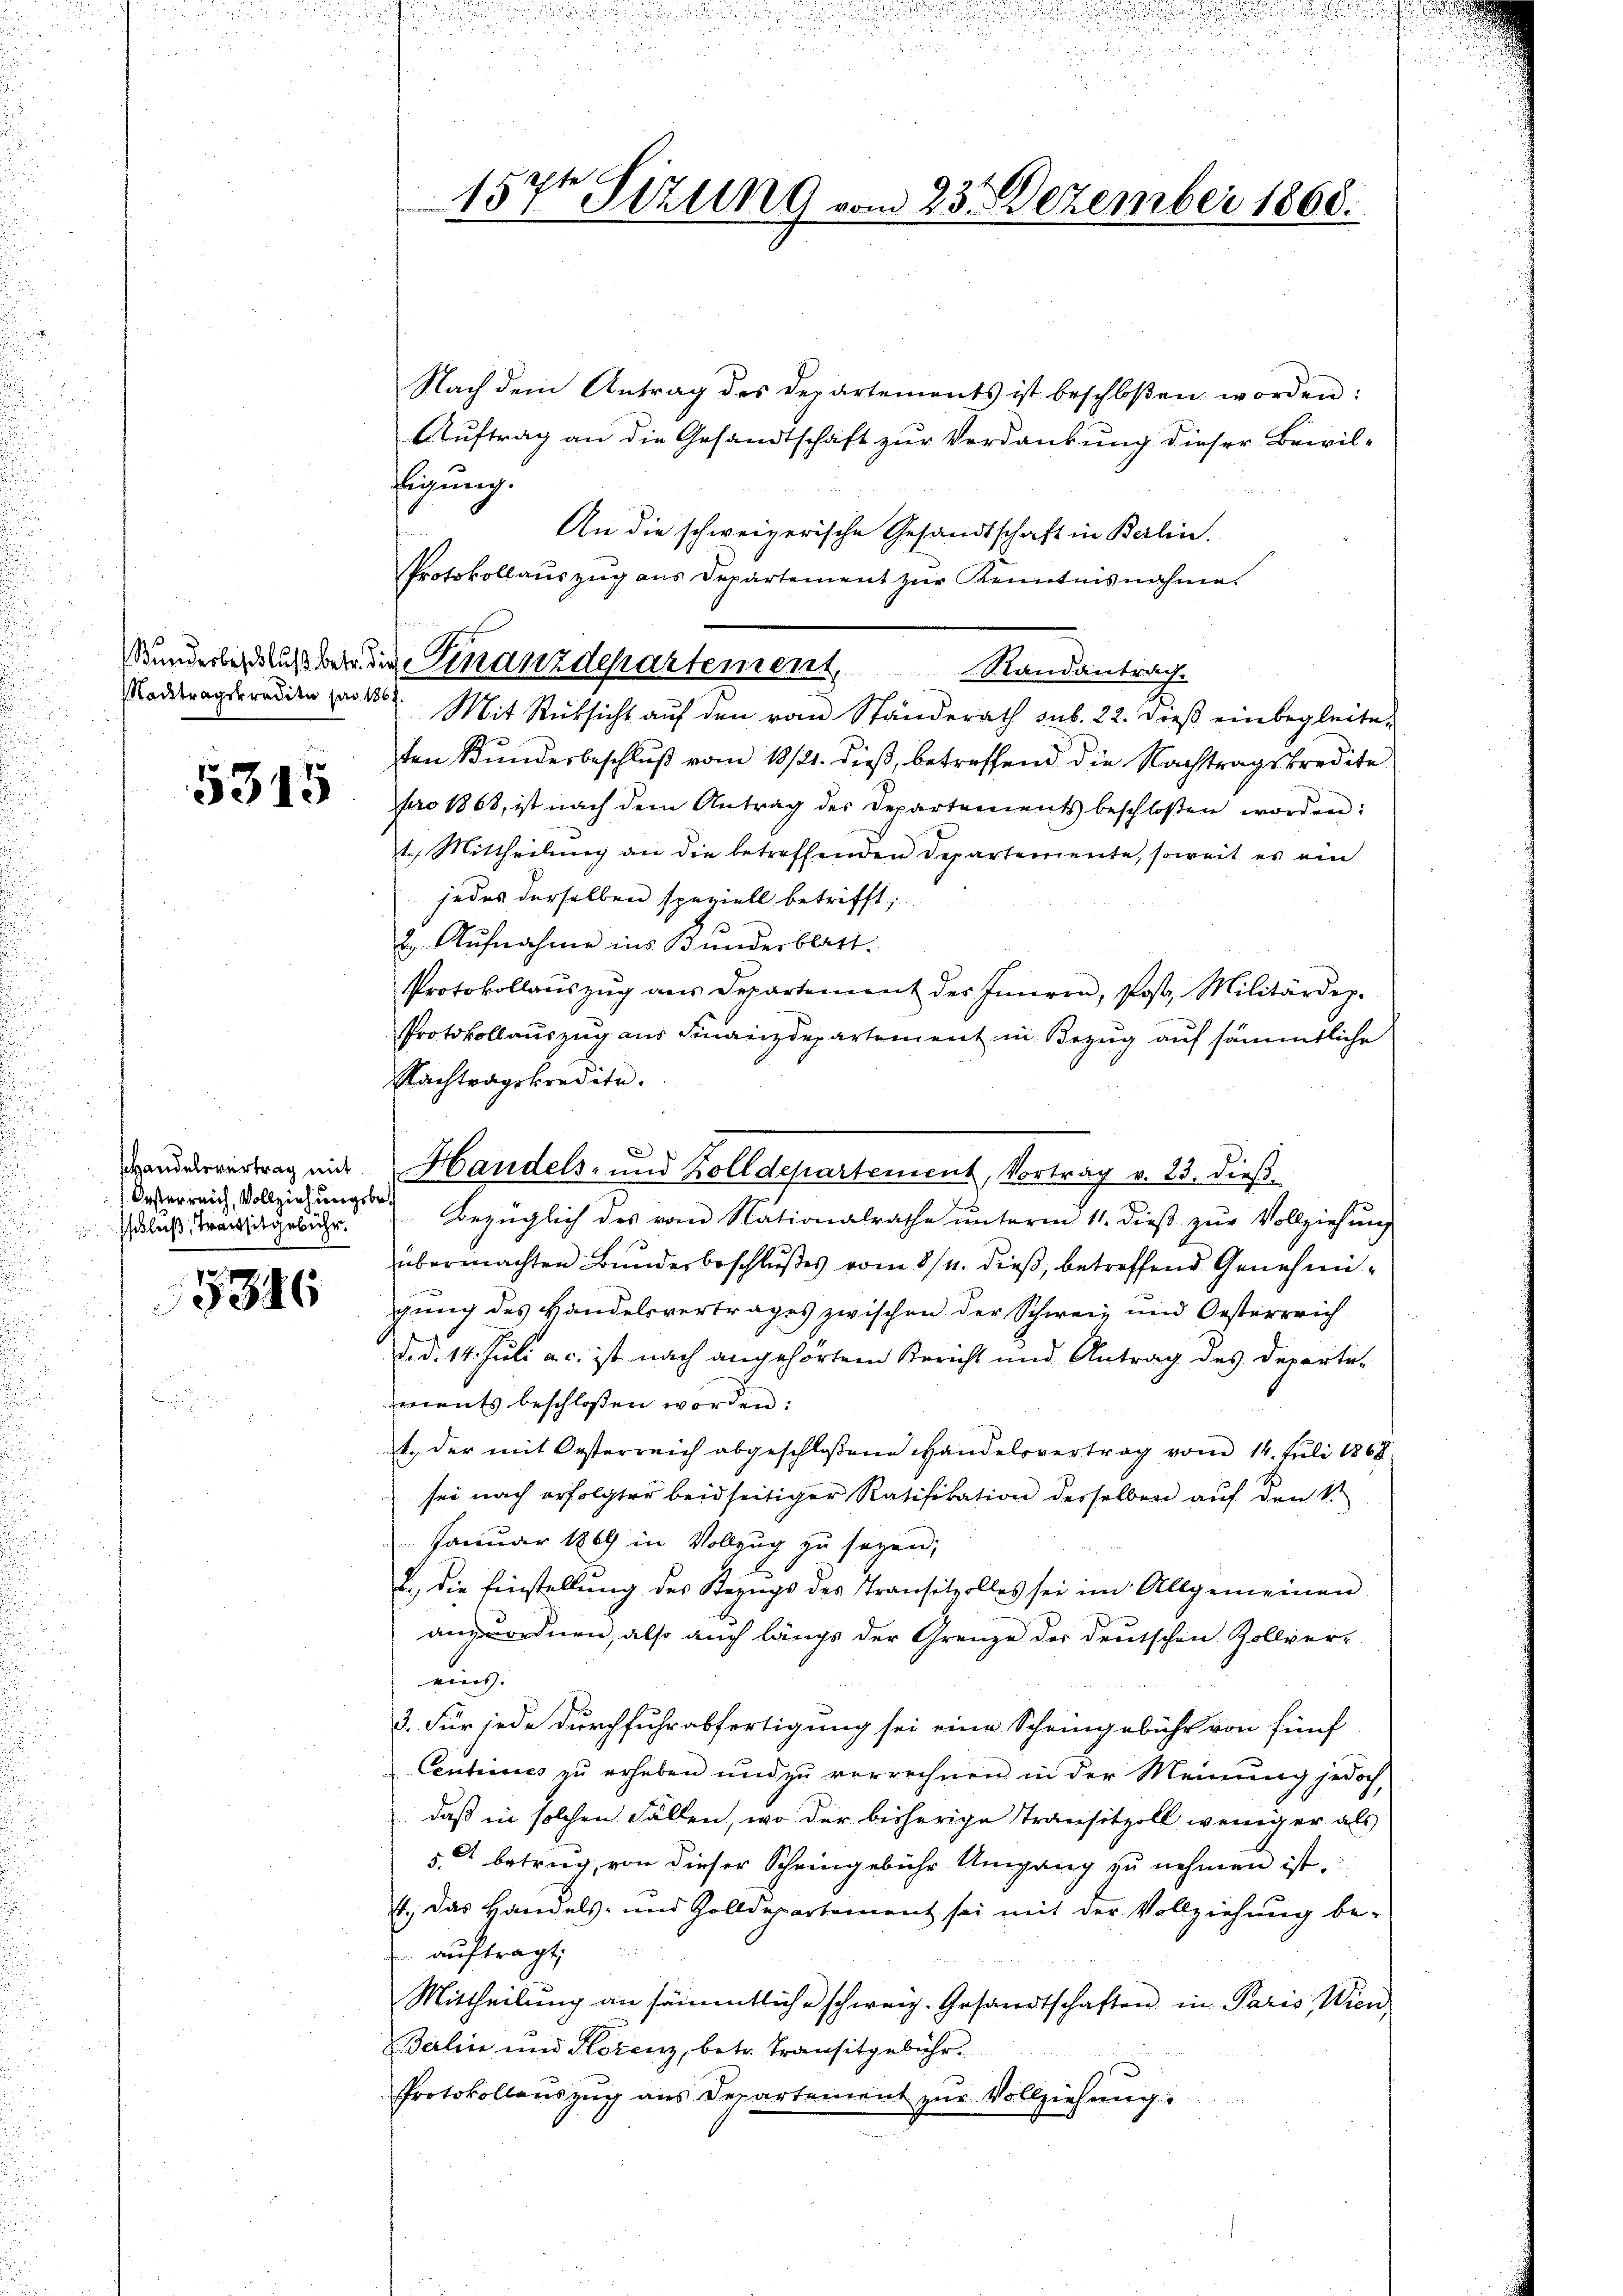
acktragskredita pro 1

5315

Handelsvertrag mit
 Oesterreich, Vollziehungsbe
Ischluß, Transitgebühr.

5346

157t Sizung vom 23. Dezember 1860.

Nach dem Antrag des Departemonts ist beschloßen worden:
Auftrag an die Gesandtschaft zur Verdankung dieser Brivilfügung.
An die schweizerische Gesandtschaft in Berlin.
Protokollauszug aus Departement zur Kenntnisnahme.
67
Mit Rücksicht auf den vom Ständerath sub. 22. Dieß einbegleiteten Bundesbeschluß vom 18/21. dieß, betreffend die Nachtragskredite
pro 1868, ist nach dem Antrag des Departements beschloßen worden:
1.) Mittheilung an die betreffenden Departemente, soweit es ein
jedes derselben speziell betrifft;
2. Aŭfnahme ins Bunderblatt.
Protokollaŭszŭg aŭs Departement des Innern, Post, Militärdep.
Protokollauszug aus Finanzdepartement in Bezug auf sämmtliche
Nachtragskredite.
f
Bezüglich des vom Nationalrathe ŭnterm 11. dieβ zŭr Vollziehŭng
übermachten Bundesbeschlußes vom 8/4. dieß, betreffend Genehmigung des Handelsvertrages zwischen der Schweiz und Oesterreich
d.d. 14. Juli a. c. ist nach angehörtem Bericht und Antrag des Departements beschlossen worden:
1. der mit Oesterreich abgeschloßene Handelsvertrag vom 14. Juli 1868
sei nach erfolgter beidseitiger Ratifikation derselben auf den 1
Januar 1869 in Vollzug zu sagen,
2.) Die Einstellung des Bezugs des Transitzolles sei im Allgemeinen
anzuordnen, also auch längs der Grenze der Deutschen Zollvereins.
3. Für jede durchfuhr abfertigung sei eine Scheingebühr von fünf
Centimes zŭ erheben und zŭ verrechnen in der Meinŭng jedoch,
daß in solchen Fällen, wo der bisherige Transitzoll weniger als
5. betrug, von dieser Scheingebühr Umgang zu nehmen ist.
4. Das Handels- und Zolldepartement sei mit der Vollziehung be-
aŭftragt.
Mittheilŭng an sämmtliche schweiz. Gesandtschaften in Paris, Wien
Berlin und Klotenz, betr. Transitgebühr.
Protokollauszug aus Departement zur Vollziehung.

Kunderbeschluß der die Finanzdepartement,
Standantrach.

Handels- und Zolldepartement, Vortrag v. 23. dieß¬